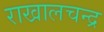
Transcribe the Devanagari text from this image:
राखालचन्द्र